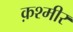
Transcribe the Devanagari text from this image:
क़श्मीर